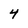
Character: 4